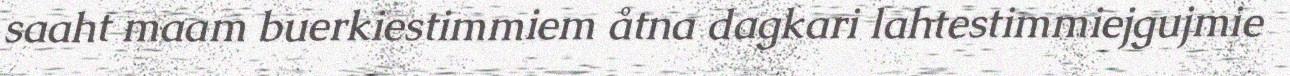
saaht maam buerkiestimmiem åtna dagkari lahtestimmiejgujmie